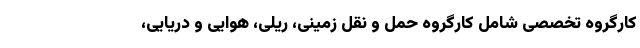
کارگروه تخصصی شامل کارگروه حمل و نقل زمینی، ریلی، هوایی و دریایی،